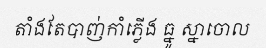
តាំងតែបាញ់កាំភ្លើង ធ្នូ ស្នាចោល